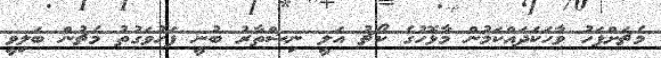
މެޗަށްފަހު ވާހަކަަދައްކަމުން މާޅޮހުގެ ކޯޗު އަލީ ނިޝްތާރު ބުނީ ފަހުވަގުތު މެޗުން ބަލިވީ